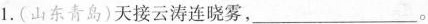
1.(山东青岛)天接云涛连晓雾，\underline。